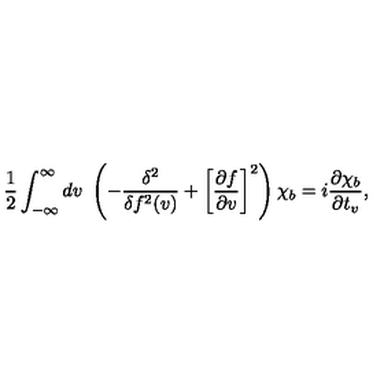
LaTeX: \frac { 1 } { 2 } \int _ { - \infty } ^ { \infty } d v \ \left( - \frac { \delta ^ { 2 } } { \delta f ^ { 2 } ( v ) } + \left[ \frac { \partial f } { \partial v } \right] ^ { 2 } \right) \chi _ { b } = i \frac { \partial \chi _ { b } } { \partial t _ { v } } ,